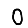
Digit: 0